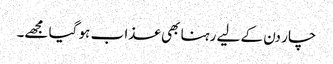
چار دن کے لیے رہنا بھی عذا ب ہو گیا مجھے۔